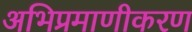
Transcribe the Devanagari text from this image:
अभिप्रमाणीकरण